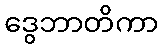
ဒွေဘာတိကာ